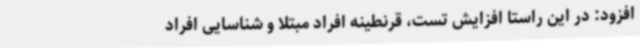
افزود: در این راستا افزایش تست، قرنطینه افراد مبتلا و شناسایی افراد